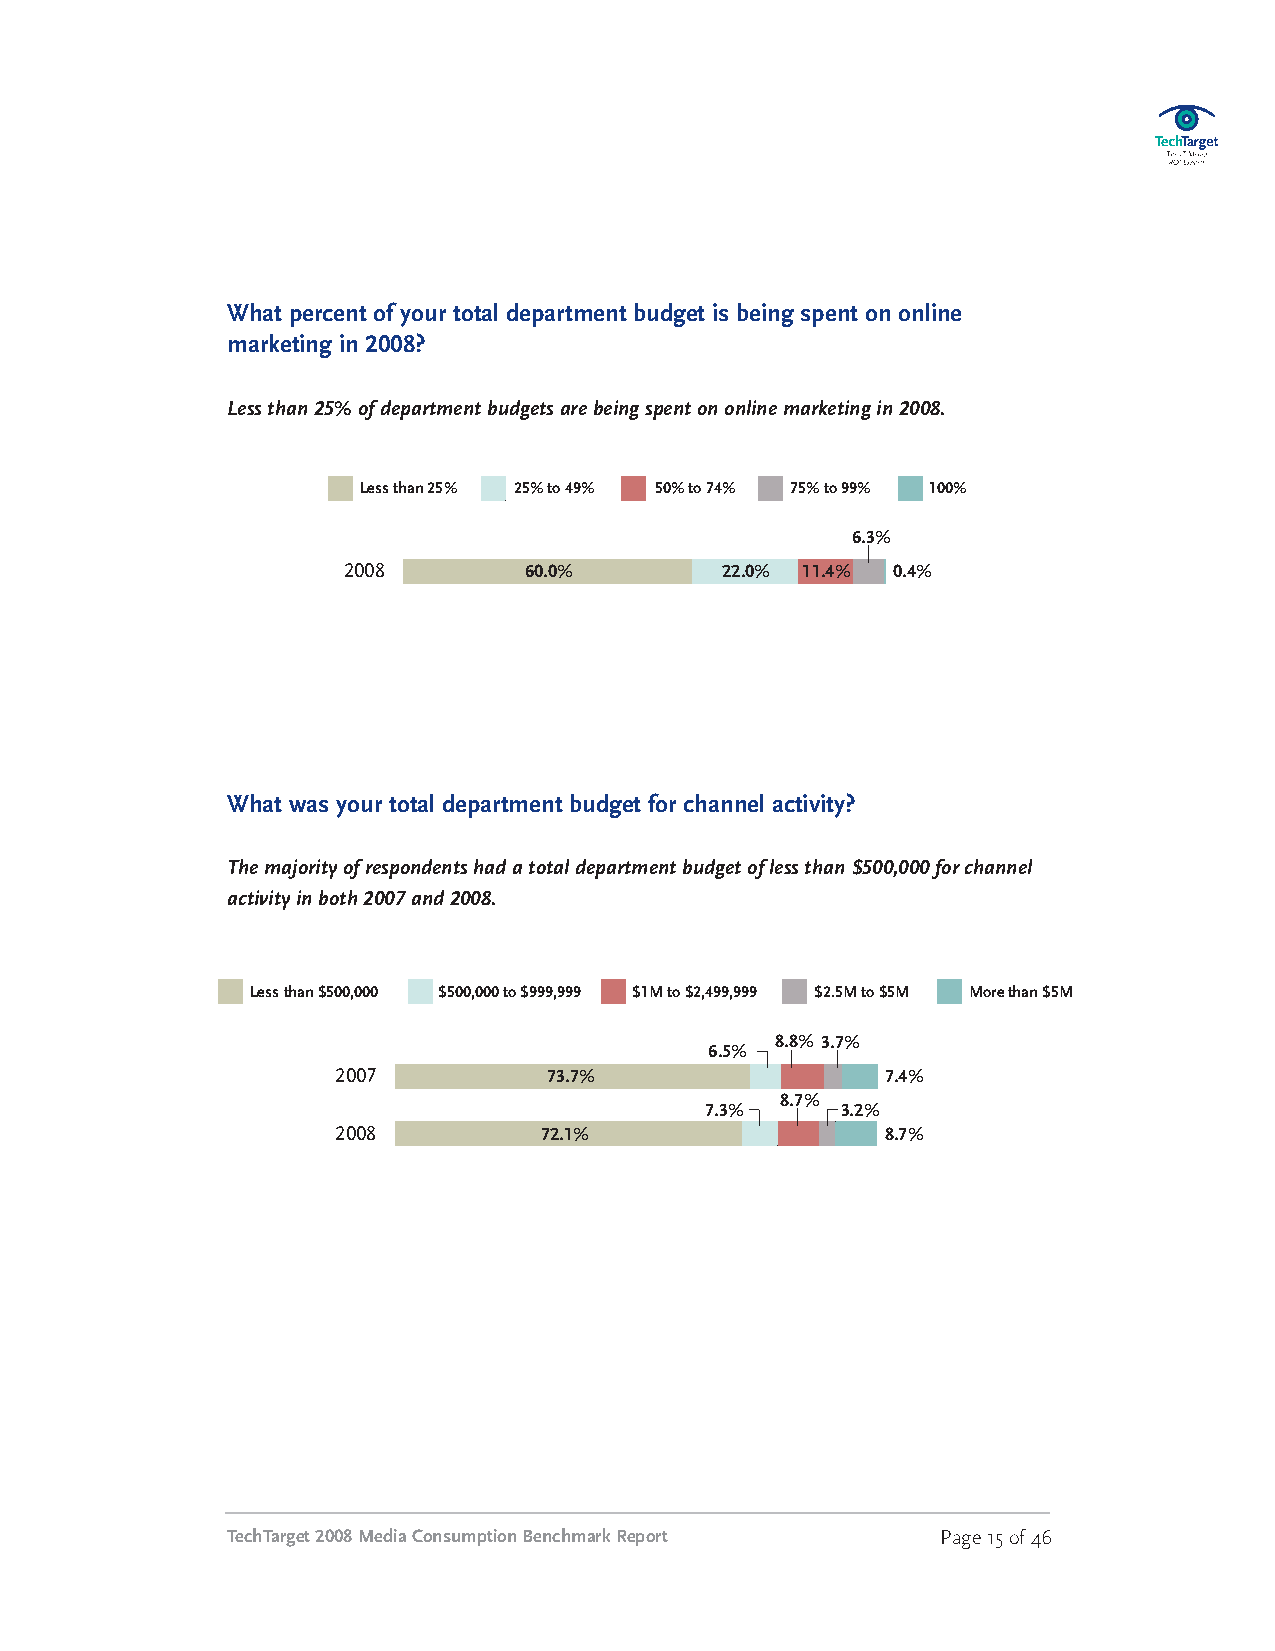
What percent of your total department budget is being spent on online
 marketing in 2008?
 Lessthan25%ofdepartmentbudgetsarebeingspentononlinemarketingin2008.
 Lessthan25% 25%to49% 50%to74% 75%to 99% 100%
 6.3%
 2008        60.0%        22.0% 11.4% 0.4%
 What was your total department budget for channel activity?
 Themajorityofrespondentshadatotaldepartmentbudgetoflessthan$500,000forchannel
 activityinboth2007and2008.
 Lessthan$500,000 $500,000 to $999,999 $1Mto$2,499,999 $2.5Mto $5M Morethan $5M
 8.8% 3.7%
 6.5%
 2007          73.7%                  7.4%
 8.7%
 7.3%     3.2%
 2008          72.1%                  8.7%
 TechTarget2008MediaConsumptionBenchmarkReport  Page15of46